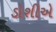
ડોશીએ